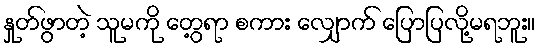
နှုတ်ဖွာတဲ့ သူမကို တွေ့ရာ စကား လျှောက် ပြောပြလို့မရဘူး။